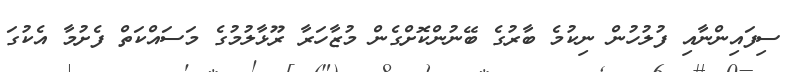
ސިފައިންނާއި ފުލުހުން ނިކުމެ ބާރުގެ ބޭނުންކޮށްގެން މުޒާހަރާ ރޫޅާލުމުގެ މަސައްކަތް ފެށުމާ އެކުގަ